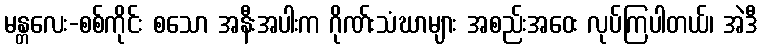
မန္တလေး-စစ်ကိုင်း စသော အနီးအပါးက ဂိုဏ်းသံဃာများ အစည်းအဝေး လုပ်ကြပါတယ်၊ အဲဒီ